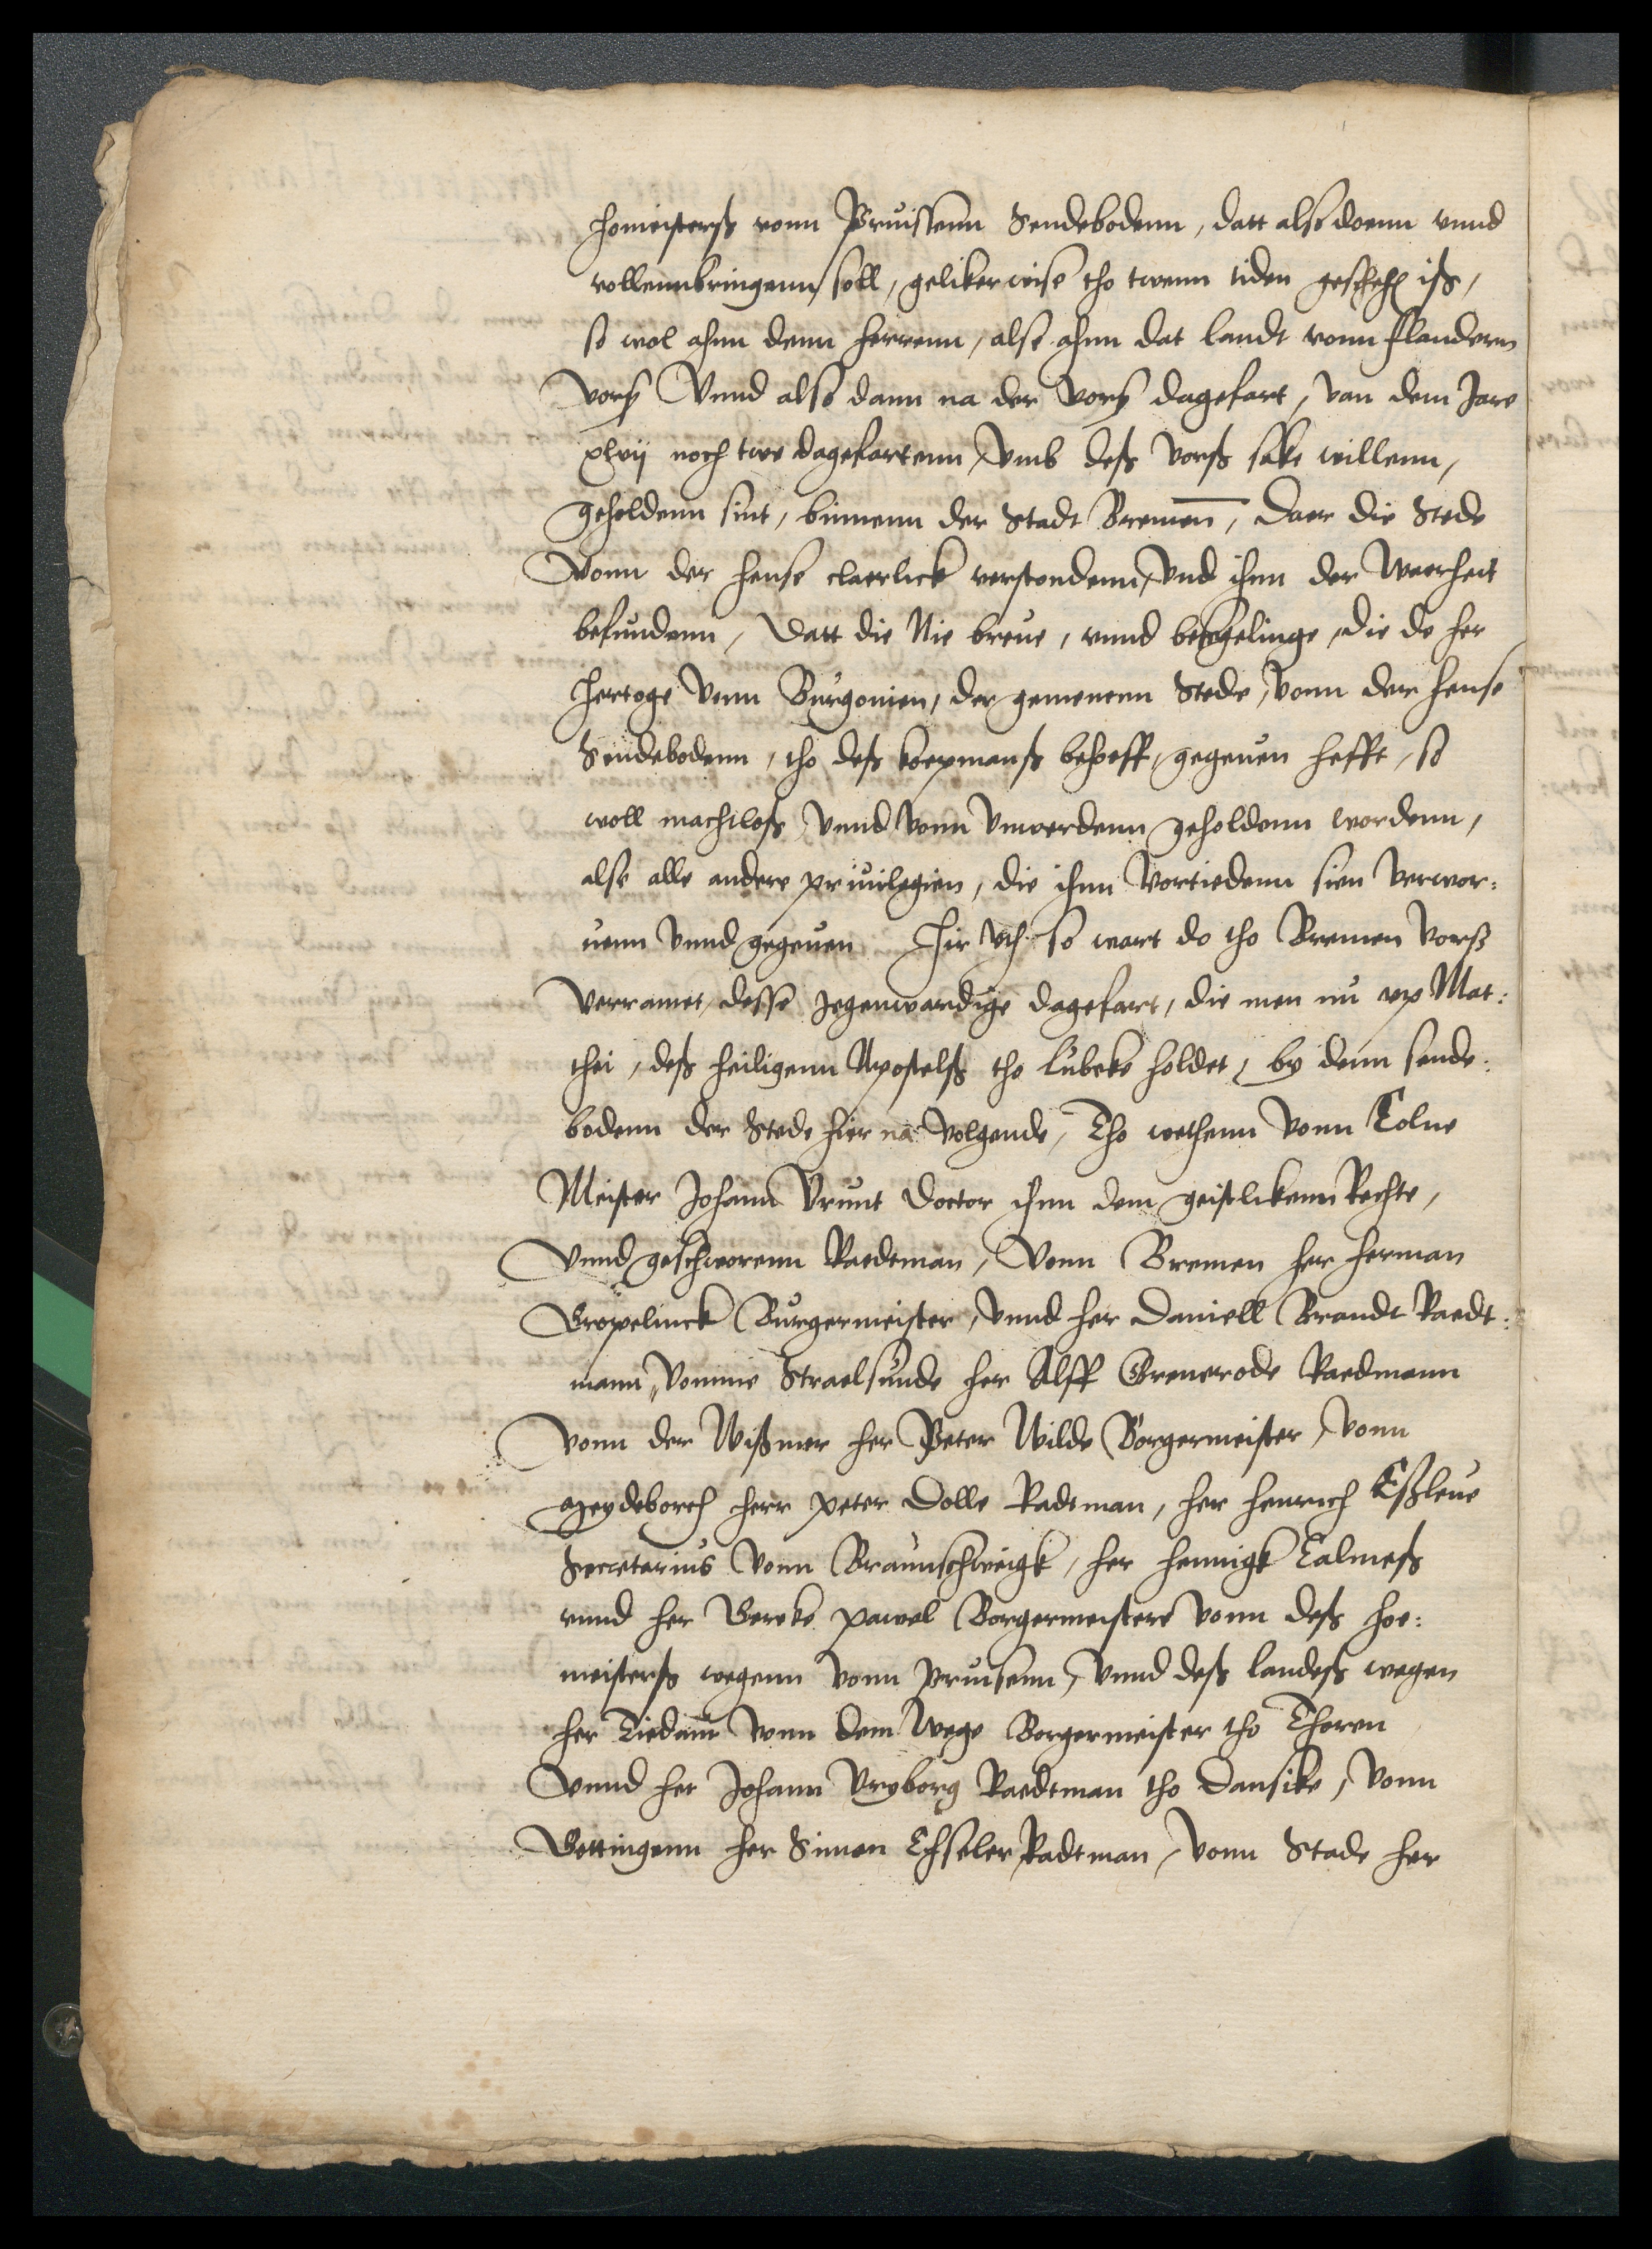
homeisterß vonn Pruissenn sendebodenn, datt also doenn vnnd
vollennbringen soll, geliker wise tho twenn tiden geschehen iß,
so wol ahnn denn herrenn, alse ahnn dat landt vonn Flandernn
vorscreuen Vnnd also dann na der vorscreuen dagefart, van dem Jare
xlvij noch twe dagefartenn, vmb deß vorscreuen sake willenn,
geholdenn sint, binnenn der Stadt Bremenn, daer die Stede
vonn der hense claerlick verstondenn, vnd ihnn der Waerheit
befundenn, datt die Nie breue, vnnd besegelinge, die de her
hertoge vonn Burgonien, der gemenenn Stede, vonn der hense
Sendeboden, tho des koepmanß behoeff, gegeuen hefft, so
woll machtloß, vnnd vonn vnwerdenn geholdenn wordenn,
alse alle andere priuilegien, die ihnn vortiedenn sien verwor¬
uenn vnnd gegeuen hir vth so wart do tho Bremen vorscreuen
verramet, desse jegenwardige dagefart, die men nu vp Mat¬
thei, deß heiligenn Apostelß tho Lubeke holdet, by denn sende¬
bodenn der Stede hier na volgende, Tho wethenn vonn Colne
Meister Johann Vrunt doctor ihnn dem geistlikenn Rechte,
vnnd geschworenn Raedtman, Vonn Bremen her herman
Gropelinck Burgermeister, vnnd her Daniell Brandt Raedt¬
mann, vomme Straelsunde her Alff Greuerode Raedmann
vonn der Wißmer her Peter Wilde Borgermeister, vonn
Meydeborch herr Peter Dolle Radtman, her henricht Eßleue
Secretarius vonn Braunschweigk, her henningk Calmeß
vnnd her Gereke Pawel Borgermeistere vonn deß hoe¬
meisterß wegenn vonn Pruisenn, vnnd deß landeß wegen
her Tiedam vonn dem wege Borgermeister tho Thoren
Vnnd her Johann Vryborg Raedtman to Dansike, vonn
Gottingen her Simon Ehseler, Radtman, vonn Stade her